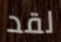
لقد